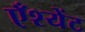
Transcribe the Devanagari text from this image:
एँश्येंट